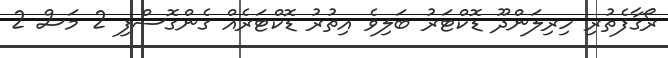
ރޯގާފެތުރި ހިރިލަންދޫ ޑޮކްޓަރު ބަލިވެ އިތުރު ޑޮކްޓަރެއް ގެންގޮސްފި 2 މަސް 2